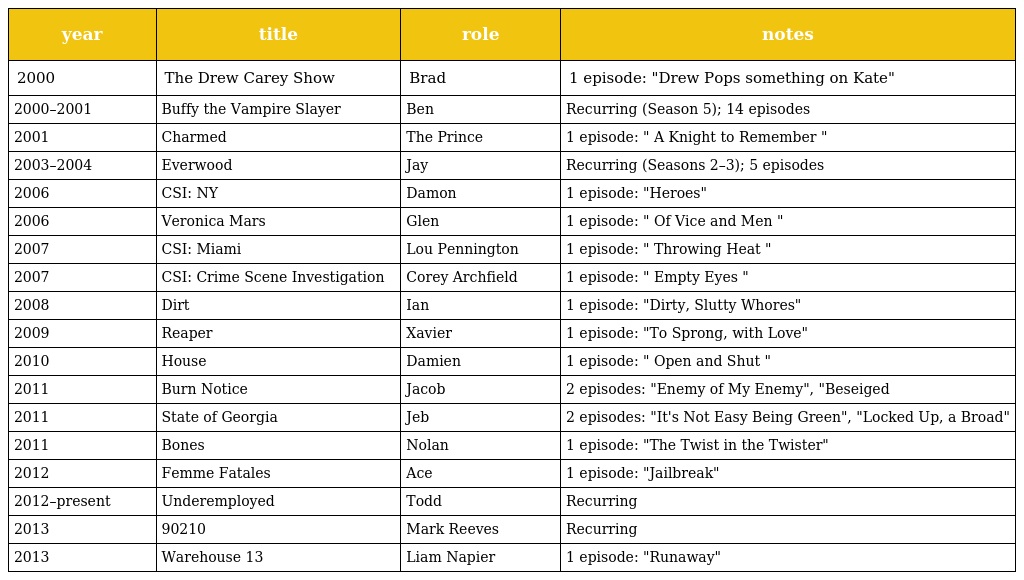
| year | title | role | notes |
 | --- | --- | --- | --- |
 | 2000 | The Drew Carey Show | Brad | 1 episode: "Drew Pops something on Kate" |
 | 2000–2001 | Buffy the Vampire Slayer | Ben | Recurring (Season 5); 14 episodes |
 | 2001 | Charmed | The Prince | 1 episode: " A Knight to Remember " |
 | 2003–2004 | Everwood | Jay | Recurring (Seasons 2–3); 5 episodes |
 | 2006 | CSI: NY | Damon | 1 episode: "Heroes" |
 | 2006 | Veronica Mars | Glen | 1 episode: " Of Vice and Men " |
 | 2007 | CSI: Miami | Lou Pennington | 1 episode: " Throwing Heat " |
 | 2007 | CSI: Crime Scene Investigation | Corey Archfield | 1 episode: " Empty Eyes " |
 | 2008 | Dirt | Ian | 1 episode: "Dirty, Slutty Whores" |
 | 2009 | Reaper | Xavier | 1 episode: "To Sprong, with Love" |
 | 2010 | House | Damien | 1 episode: " Open and Shut " |
 | 2011 | Burn Notice | Jacob | 2 episodes: "Enemy of My Enemy", "Beseiged |
 | 2011 | State of Georgia | Jeb | 2 episodes: "It's Not Easy Being Green", "Locked Up, a Broad" |
 | 2011 | Bones | Nolan | 1 episode: "The Twist in the Twister" |
 | 2012 | Femme Fatales | Ace | 1 episode: "Jailbreak" |
 | 2012–present | Underemployed | Todd | Recurring |
 | 2013 | 90210 | Mark Reeves | Recurring |
 | 2013 | Warehouse 13 | Liam Napier | 1 episode: "Runaway" |